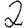
Digit: 2